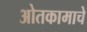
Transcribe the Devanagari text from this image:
ओतकामाचे